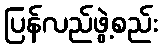
ပြန်လည်ဖွဲ့စည်း